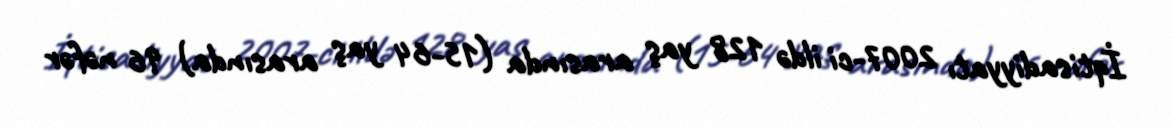
İqtisadiyyatı 2007-ci ildə 128 yaş arasında (15-64 yaş arasında) 96 nəfər